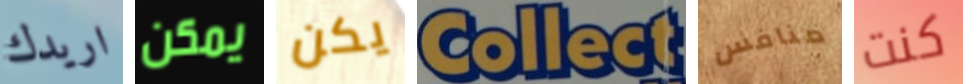
اريدك يمكن يكن Collect منافس كنت